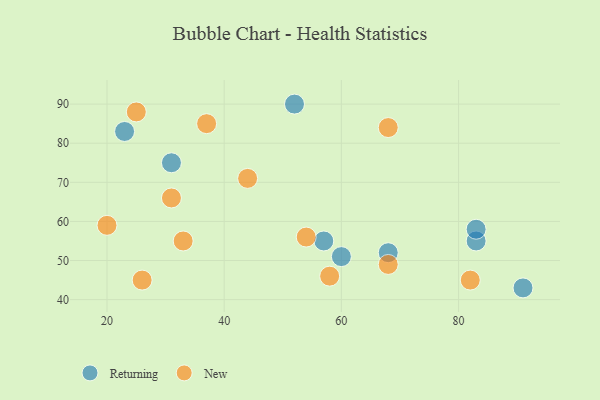
{"axis": {"x": "GDP", "y": "Life Expectancy"}, "legend": ["New", "Returning"], "data": [{"x": "23", "y": 83, "type": "Returning"}, {"x": "68", "y": 52, "type": "Returning"}, {"x": "91", "y": 43, "type": "Returning"}, {"x": "83", "y": 55, "type": "Returning"}, {"x": "31", "y": 75, "type": "Returning"}, {"x": "60", "y": 51, "type": "Returning"}, {"x": "83", "y": 58, "type": "Returning"}, {"x": "52", "y": 90, "type": "Returning"}, {"x": "57", "y": 55, "type": "Returning"}, {"x": "68", "y": 84, "type": "New"}, {"x": "37", "y": 85, "type": "New"}, {"x": "44", "y": 71, "type": "New"}, {"x": "58", "y": 46, "type": "New"}, {"x": "26", "y": 45, "type": "New"}, {"x": "54", "y": 56, "type": "New"}, {"x": "68", "y": 49, "type": "New"}, {"x": "25", "y": 88, "type": "New"}, {"x": "33", "y": 55, "type": "New"}, {"x": "31", "y": 66, "type": "New"}, {"x": "20", "y": 59, "type": "New"}, {"x": "82", "y": 45, "type": "New"}]}